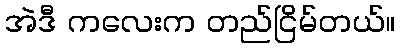
အဲဒီ ကလေးက တည်ငြိမ်တယ်။